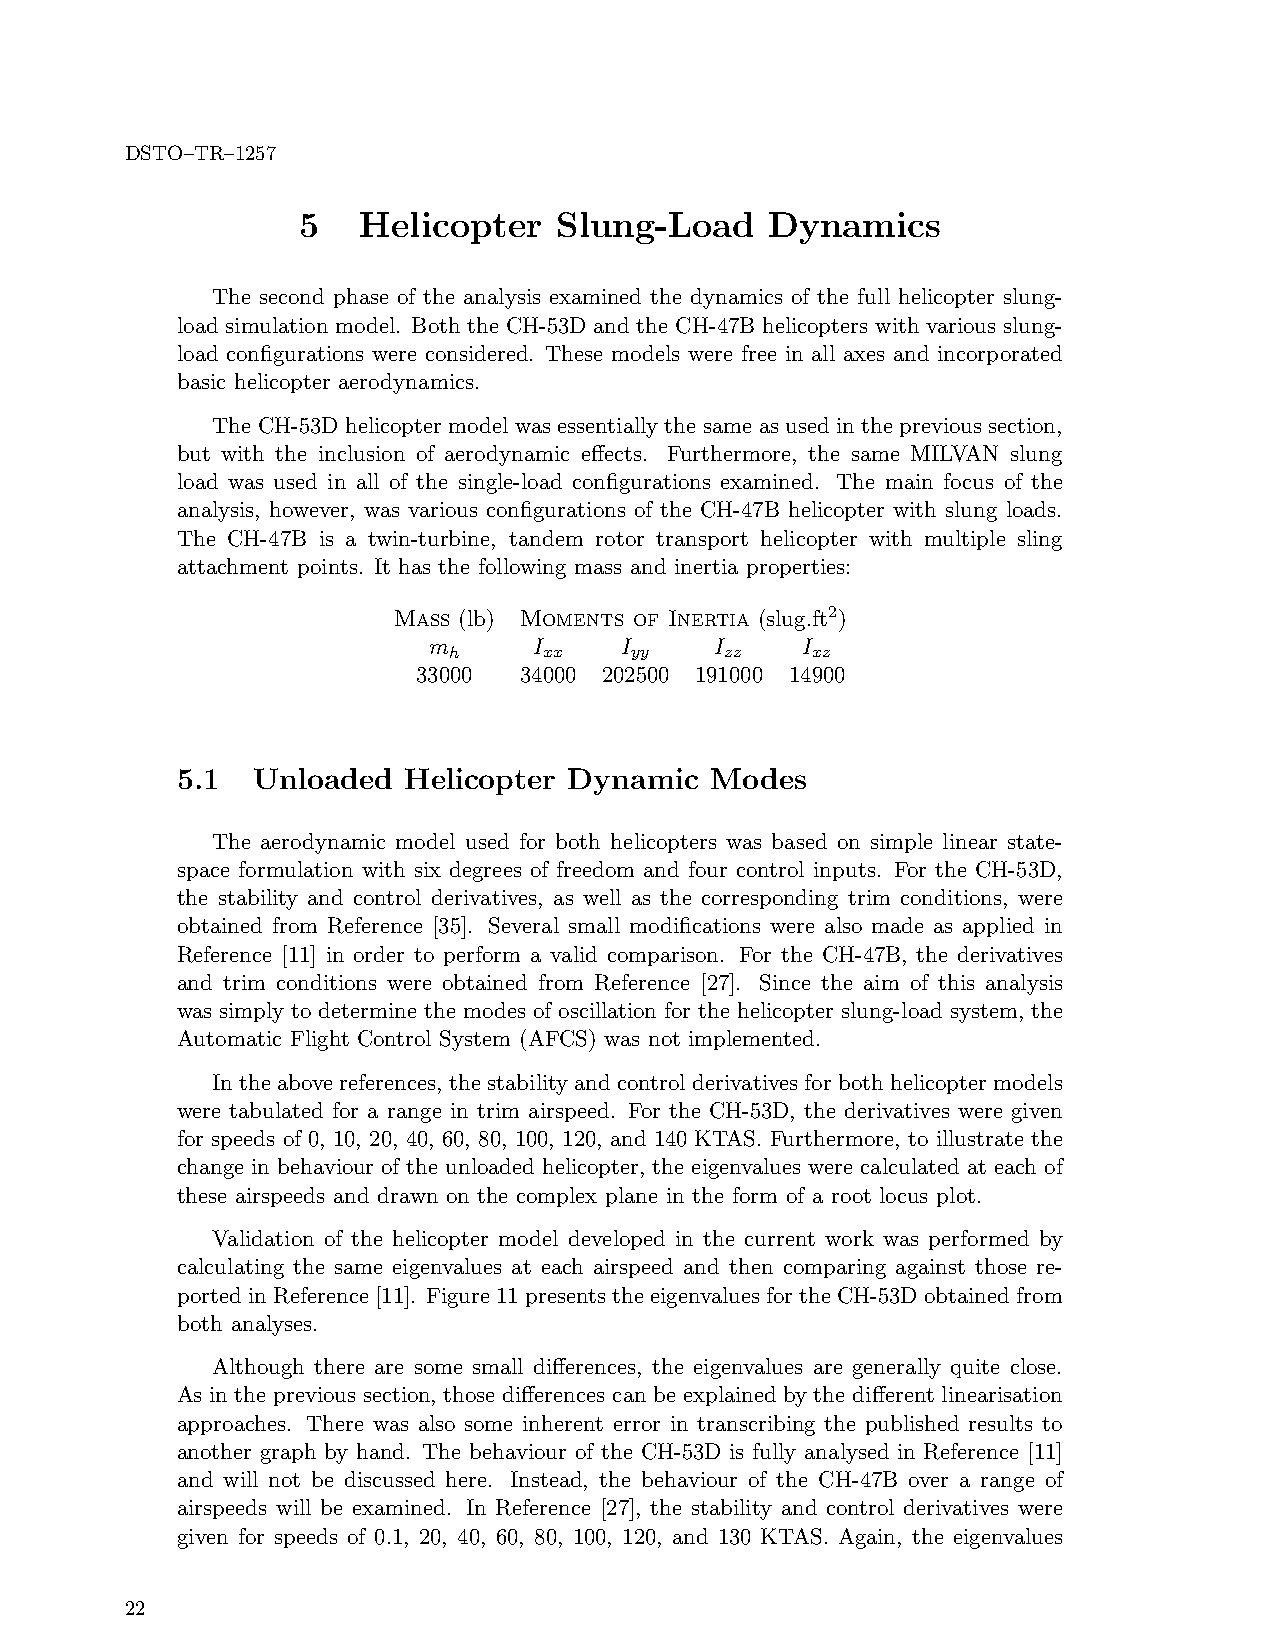
DSTO–TR–1257
 5   Helicopter   Slung-Load    Dynamics
 The second phase of the analysis examined the dynamics of the full helicopter slung-
 load simulation model. Both the CH-53D and the CH-47B helicopters with various slung-
 load configurations were considered. These models were free in all axes and incorporated
 basic helicopter aerodynamics.
 The CH-53D helicopter model was essentially the same as used in the previous section,
 but with the inclusion of aerodynamic effects. Furthermore, the same MILVAN slung
 load was used in all of the single-load configurations examined. The main focus of the
 analysis, however, was various configurations of the CH-47B helicopter with slung loads.
 The CH-47B is a twin-turbine, tandem rotor transport helicopter with multiple sling
 attachment points. It has the following mass and inertia properties:
 Mass (lb) Moments of Inertia (slug.ft2)
 m      I     I     I     I
 h     xx    yy    zz    xz
 33000 34000 202500 191000 14900
 5.1  Unloaded  Helicopter Dynamic  Modes
 The aerodynamic model used for both helicopters was based on simple linear state-
 space formulation with six degrees of freedom and four control inputs. For the CH-53D,
 the stability and control derivatives, as well as the corresponding trim conditions, were
 obtained from Reference [35]. Several small modifications were also made as applied in
 Reference [11] in order to perform a valid comparison. For the CH-47B, the derivatives
 and trim conditions were obtained from Reference [27]. Since the aim of this analysis
 was simply to determine the modes of oscillation for the helicopter slung-load system, the
 Automatic Flight Control System (AFCS) was not implemented.
 In the above references, the stability and control derivatives for both helicopter models
 were tabulated for a range in trim airspeed. For the CH-53D, the derivatives were given
 for speeds of 0, 10, 20, 40, 60, 80, 100, 120, and 140 KTAS. Furthermore, to illustrate the
 change in behaviour of the unloaded helicopter, the eigenvalues were calculated at each of
 these airspeeds and drawn on the complex plane in the form of a root locus plot.
 Validation of the helicopter model developed in the current work was performed by
 calculating the same eigenvalues at each airspeed and then comparing against those re-
 portedinReference[11]. Figure11presentstheeigenvaluesfortheCH-53Dobtainedfrom
 both analyses.
 Although there are some small differences, the eigenvalues are generally quite close.
 As in the previous section, those differences can be explained by the different linearisation
 approaches. There was also some inherent error in transcribing the published results to
 another graph by hand. The behaviour of the CH-53D is fully analysed in Reference [11]
 and will not be discussed here. Instead, the behaviour of the CH-47B over a range of
 airspeeds will be examined. In Reference [27], the stability and control derivatives were
 given for speeds of 0.1, 20, 40, 60, 80, 100, 120, and 130 KTAS. Again, the eigenvalues
 22